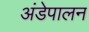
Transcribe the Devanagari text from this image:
अंडेपालन